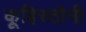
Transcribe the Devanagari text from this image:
कूहिस्तोनी